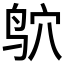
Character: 𫛣